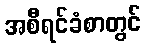
အစီရင်ခံစာတွင်